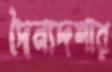
দৈন্যদশার